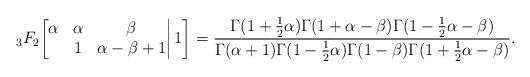
LaTeX: \begin{align*}{}_3F_2\bigg[\begin{matrix}\alpha&\alpha&\beta\\&1&\alpha-\beta+1\end{matrix}\bigg|\,1\bigg]=\frac{\Gamma(1+\frac12\alpha)\Gamma(1+\alpha-\beta)\Gamma(1-\frac12\alpha-\beta)}{\Gamma(\alpha+1)\Gamma(1-\frac12\alpha)\Gamma(1-\beta)\Gamma(1+\frac12\alpha-\beta)}.\end{align*}